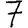
Digit: 7